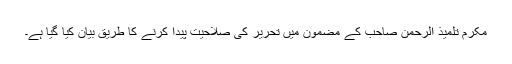
مکرم تلمیذ الرحمٰن صاحب کے مضمون میں تحریر کی صلاحیت پیدا کرنے کا طریق بیان کیا گیا ہے۔